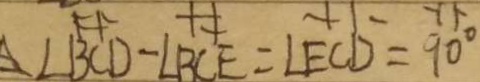
\angle B C D - \angle B C E = \angle E C D = 9 0 ^ { \circ }